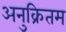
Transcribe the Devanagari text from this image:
अनुक्रितम